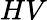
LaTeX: HV